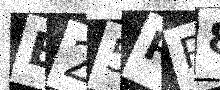
Text: E25RP8